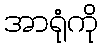
အာရုံကို